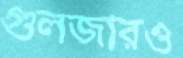
গুলজারও